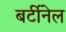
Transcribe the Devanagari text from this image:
बर्टीनेल